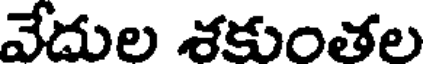
వేదుల శకుంతల